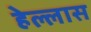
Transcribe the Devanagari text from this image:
हेल्लास